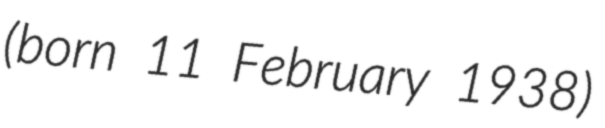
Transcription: (born 11 February 1938)